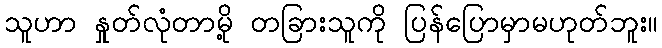
သူဟာ နှုတ်လုံတာမို့ တခြားသူကို ပြန်ပြောမှာမဟုတ်ဘူး။